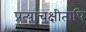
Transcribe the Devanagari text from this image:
प्रत्याचक्षीतापि